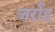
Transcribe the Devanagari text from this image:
जर्रांह